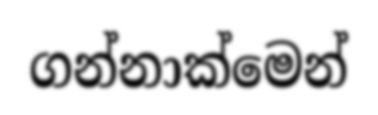
ගන්නාක්මෙන්